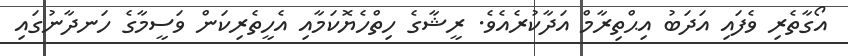
އޯގާތެރި ވެފައިި އަދަބު އިޙްތިރާމް އަދާކުރެެއެވެ. ރީޝާގެ ހިތްހެޔޮކަމާއި އެހީތެރިކަން ވަސީމާގެ ހަނދާނުގައި